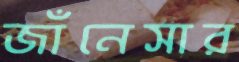
জাঁনেসার